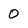
Character: 0